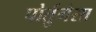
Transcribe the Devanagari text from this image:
पोर्तुगेसा